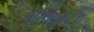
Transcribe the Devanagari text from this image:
ऑस्क्युलेटिंग